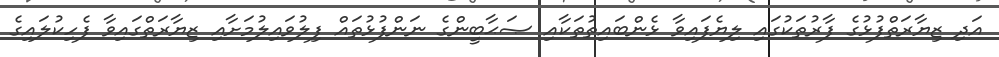
އަދި ޒިޔާރަތްފުޅުގެ ފާރުތަކުގައި ލިޔެފައިވާ ޅެންބައިތުތަކާއި ޞަޙާބީންގެ ނަންފުޅުތައް ފިލުވައިލުމަށާއި ޒިޔާރަތްގައިވާ ފެހިކުލައިގެ